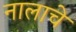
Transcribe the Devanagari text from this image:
नालाचे